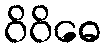
ဝိဝိဓေ